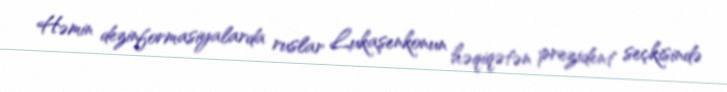
Həmin dezinformasiyalarda ruslar Lukaşenkonun həqiqətən prezident seçkisində